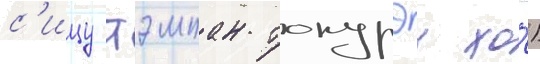
с'ицу тэмпан токурэи хо́)